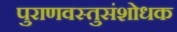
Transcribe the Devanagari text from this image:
पुराणवस्तुसंशोधक